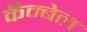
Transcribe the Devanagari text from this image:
कॅम्बेल